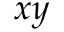
x y